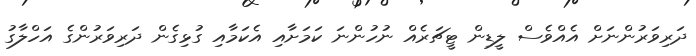
ދަރިވަރުންނަށް އެއްވެސް ލީޑިން ޓީޗަރެއް ނުހުންނަ ކަމަށާއި އެކަމާއި ގުޅިގެން ދަރިވަރުންގެ އަހްލާގު